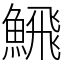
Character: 𩹉